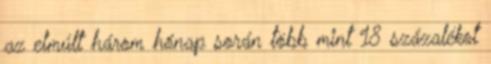
az elmúlt három hónap során több mint 18 százalékot